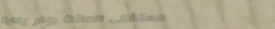
مستشفى العائلة يوفر رعاية